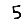
Digit: 5